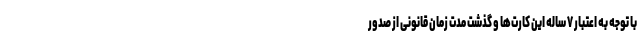
با توجه به اعتبار ۷ ساله این کارت‌ها و گذشت مدت زمان قانونی از صدور